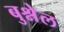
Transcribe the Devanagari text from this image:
बुश्नेल